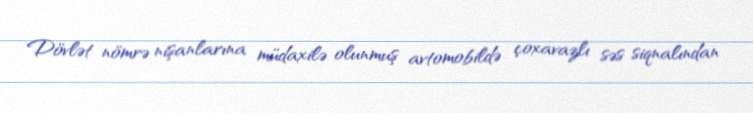
Dövlət nömrə nişanlarına müdaxilə olunmuş avtomobildə çoxavazlı səs siqnalından